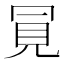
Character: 𧠊